system: You are a helpful assistant.
user:
Analyze the provided spectrum to determine if it is a **M-type Giant (gM)**.

A M-type Giant spectrum is defined by its **strong molecular absorption** features, particularly from **Titanium Oxide (TiO)**. You must check for one of the following mutually exclusive signatures:

- **Key Visual Indicators (Absorption-Dominated Spectrum):**

    - **(Primary):** The spectrum is dominated by strong molecular absorption from **Titanium Oxide (TiO)**. This is the **defining feature** of its M-type temperature class.
        - **(Key Bandheads):** Look for sharp, "saw-tooth" absorption valleys. The strongest are located near **~7050 Å**, **~6160 Å**, and **~5170 Å**.
        - **(Line Profile):** The "saw-tooth" morphology is critical: a **sharp, steep drop on the BLUE (short-wavelength) side** of the bandhead, followed by a gradual recovery (rising flux) towards the RED (long-wavelength) side.

    - **(Key Confirmation - Giant vs. Dwarf):** **ABSENCE** of strong **Calcium Hydride (CaH)** molecular bands. This is the primary diagnostic for *excluding* M-dwarfs.
        - **(Key Region):** The spectrum should lack the strong, broad absorption band seen in dwarfs between **~6800 Å and ~7000 Å**.

    - **(Secondary Confirmation - Giant):** A very strong and broad **Neutral Calcium (Ca I)** atomic absorption line.
        - **(Key Line):** Located at **~4226 Å**. In a giant (gM), this line is significantly deeper and broader than the same line in an M-dwarf (dM) due to low surface gravity.

    - **(Overall Spectrum):**
        - The continuum is **extremely red-sloping** (i.e., flux is very low in the blue and rises dramatically towards the red).
        - The entire spectrum appears "chopped up" by the deep TiO bands.

Think first, call **spectral_visualization_tool** if needed to examine features in detail, then provide your final answer. Your response must adhere to the following strict rules:
1.  **Overall Structure:** Your response must follow the format `<think>...</think> <tool_call>...</tool_call> (if a tool is used) <answer>...</answer>`.
2.  **Tool Usage Constraint:** You may only make **one** tool call per turn.
3.  **Final Answer Format:** In the `<answer>` tag, your conclusion must be inside a `\boxed{}` command (e.g., `\boxed{YES}` or `\boxed{NO}`), followed by your justification.

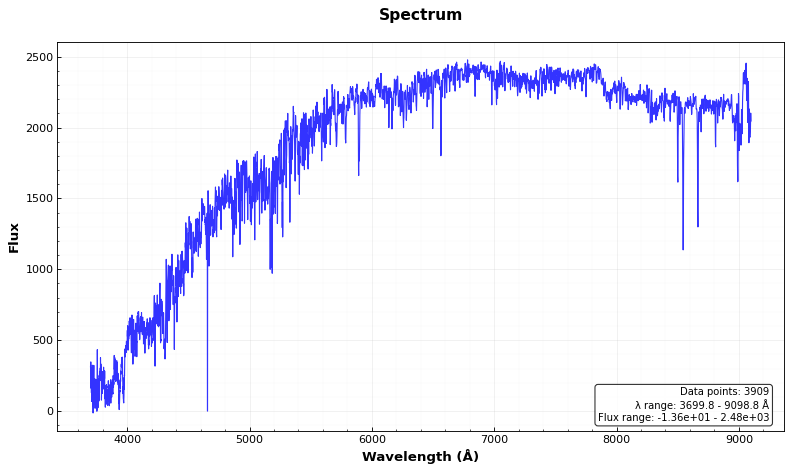
Answer: NO